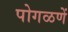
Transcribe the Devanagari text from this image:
पोगळणें